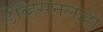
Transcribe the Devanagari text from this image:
डेव्हिसनलाही